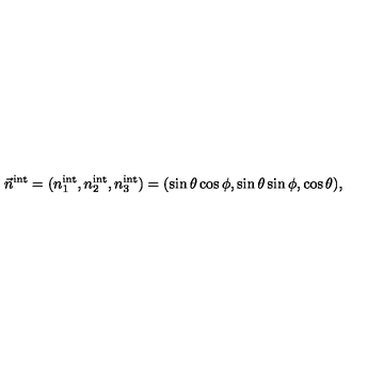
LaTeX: \vec { n } ^ { \mathrm { i n t } } = ( n _ { 1 } ^ { \mathrm { i n t } } , n _ { 2 } ^ { \mathrm { i n t } } , n _ { 3 } ^ { \mathrm { i n t } } ) = ( \sin \theta \cos \phi , \sin \theta \sin \phi , \cos \theta ) ,